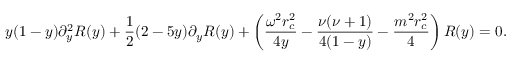
y ( 1 - y ) \partial _ { y } ^ { 2 } R ( y ) + \frac { 1 } { 2 } ( 2 - 5 y ) \partial _ { y } R ( y ) + \left( \frac { \omega ^ { 2 } r _ { c } ^ { 2 } } { 4 y } - \frac { \nu ( \nu + 1 ) } { 4 ( 1 - y ) } - \frac { m ^ { 2 } r _ { c } ^ { 2 } } { 4 } \right) R ( y ) = 0 .